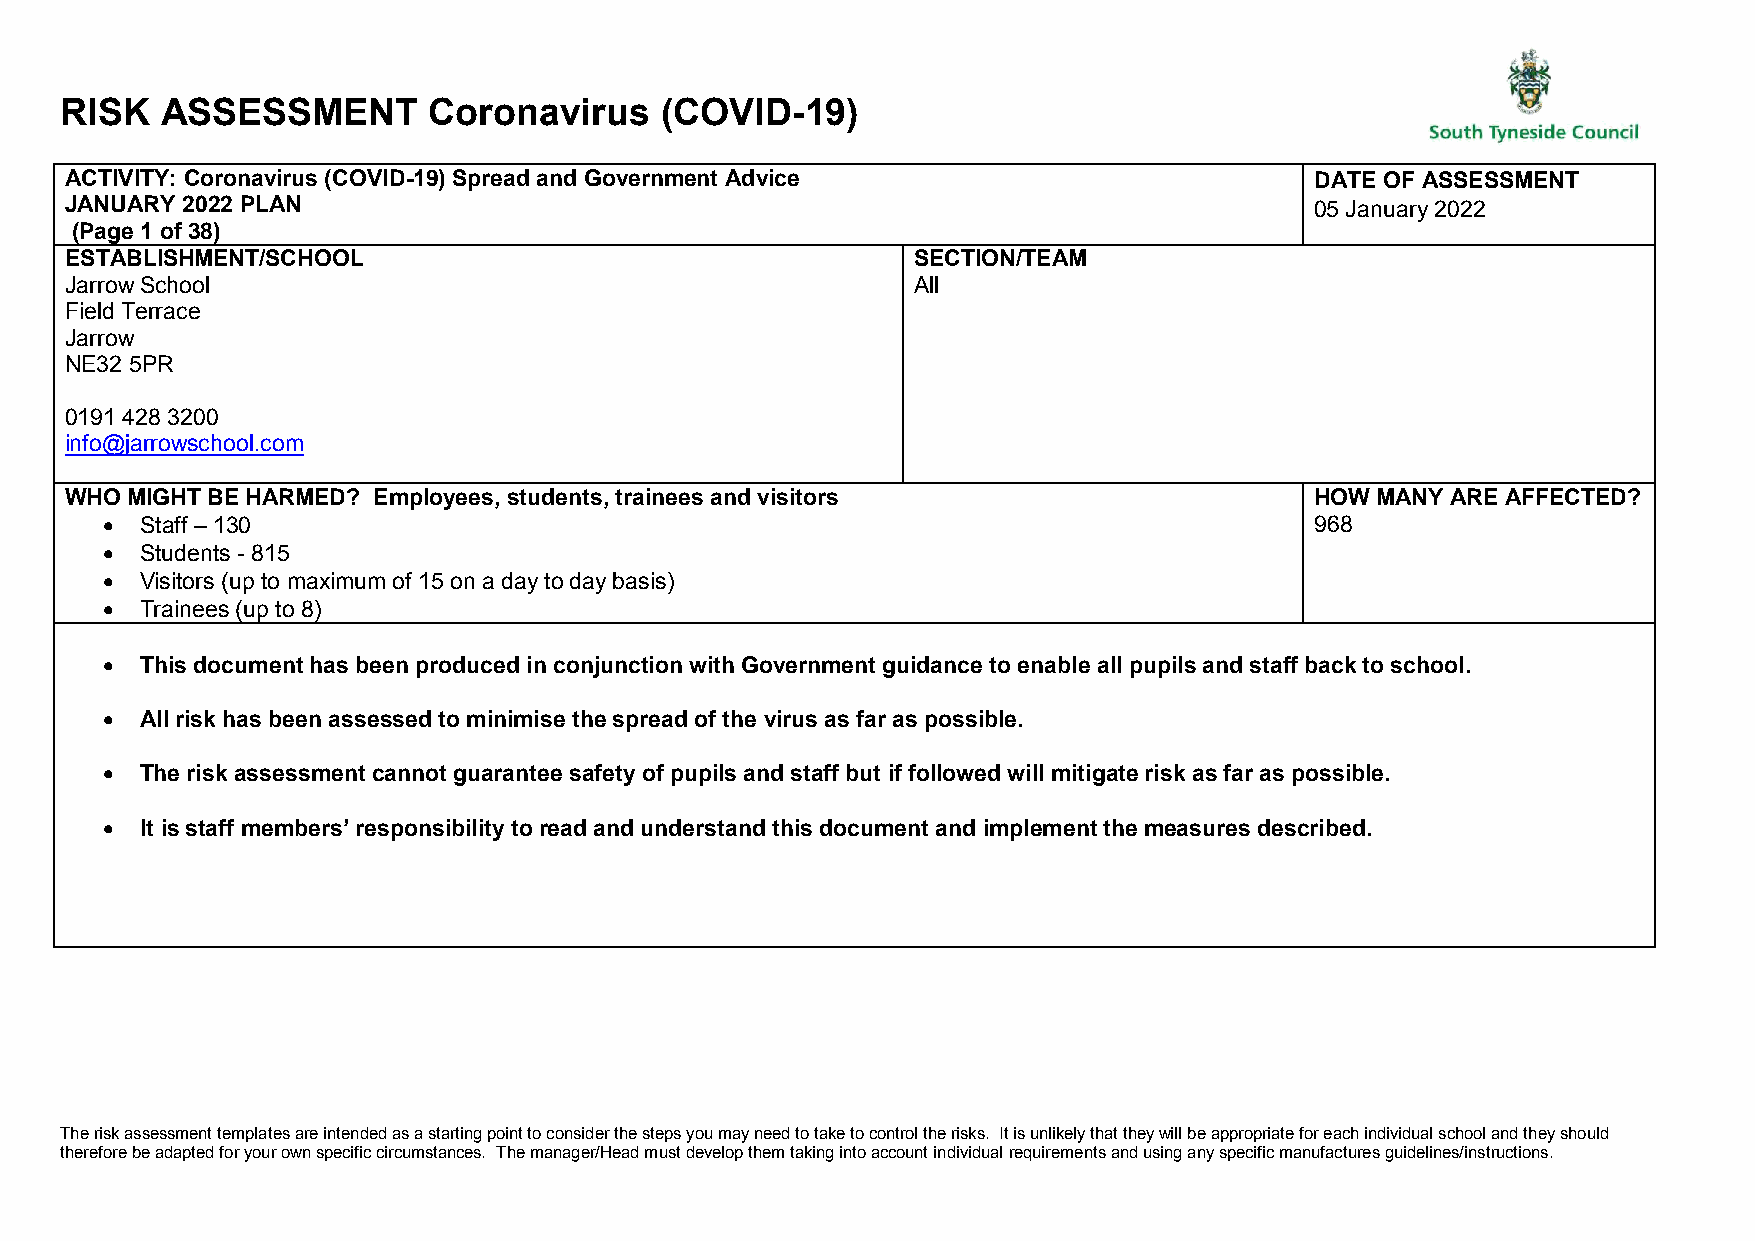
RISK   ASSESSMENT       Coronavirus     (COVID-19)
 ACTIVITY: Coronavirus (COVID-19) Spread and Government Advice                      DATE OF ASSESSMENT
 JANUARY 2022 PLAN                                                                  05 January 2022
 (Page 1 of 38)
 ESTABLISHMENT/SCHOOL                                    SECTION/TEAM
 Jarrow School                                           All
 Field Terrace
 Jarrow
 NE32 5PR
 0191 428 3200
 info@jarrowschool.com
 WHO MIGHT BE HARMED? Employees, students, trainees and visitors                    HOW MANY ARE AFFECTED?
  Staff – 130                                                                   968
  Students - 815
  Visitors (up to maximum of 15 on a day to day basis)
  Trainees (up to 8)
  This document has been produced in conjunction with Government guidance to enable all pupils and staff back to school.
  All risk has been assessed to minimise the spread of the virus as far as possible.
  The risk assessment cannot guarantee safety of pupils and staff but if followed will mitigate risk as far as possible.
  It is staff members’ responsibility to read and understand this document and implement the measures described.
 The risk assessment templates are intended as a starting point to consider the steps you may need to take to control the risks. It is unlikely that they will be appropriate for each individual school and they should
 therefore be adapted for your own specific circumstances. The manager/Head must develop them taking into account individual requirements and using any specific manufactures guidelines/instructions.